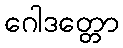
ဂေါဒတ္တော